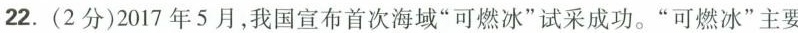
22.(2分)2017年5月，我国宣布首次海域”可燃冰”试采成功。”可燃冰”主要